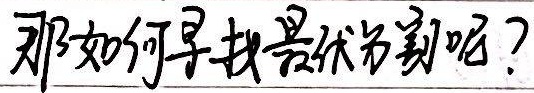
那如何寻找最优分割呢？